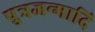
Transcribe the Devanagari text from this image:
पुत्रजन्मादि